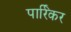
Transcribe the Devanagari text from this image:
पार्रिकर